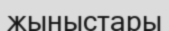
жыныстары